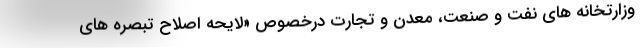
وزارتخانه های نفت و صنعت، معدن و تجارت درخصوص «لایحه اصلاح تبصره های